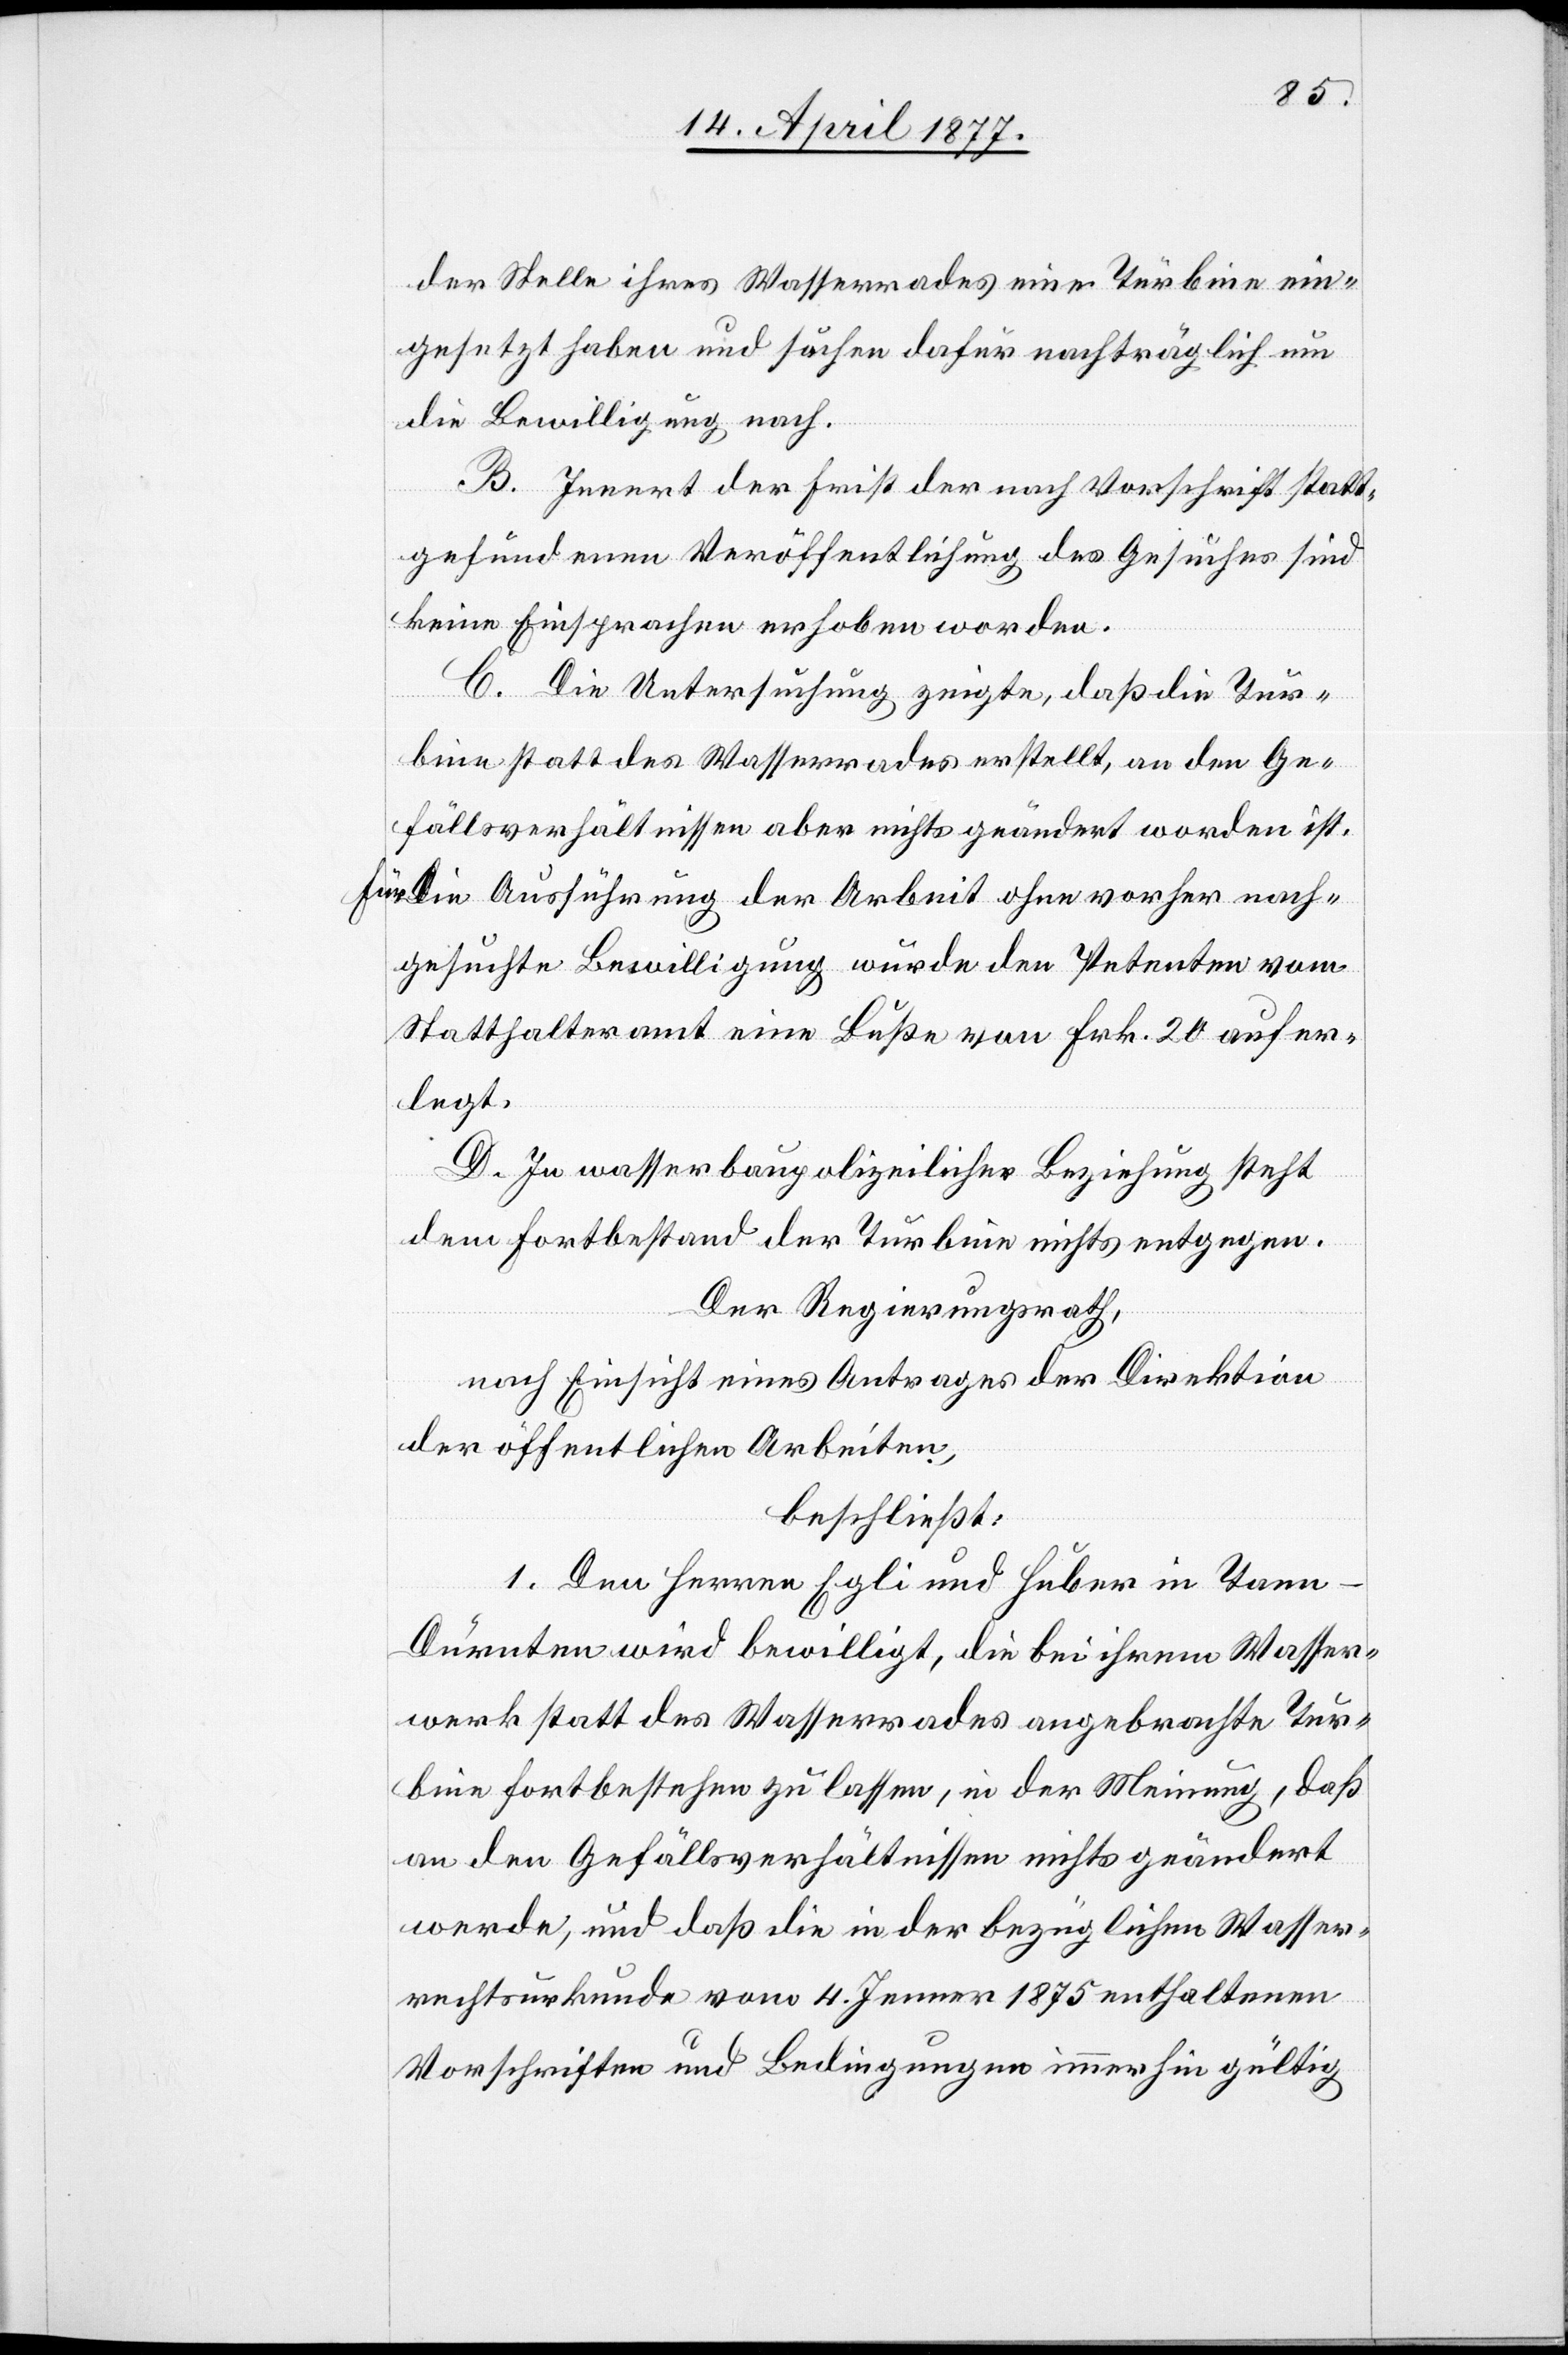
der Stelle ihres Wasserrades eine Turbine ein¬
gesetzt haben und suchen dafür nachträglich um
die Bewilligung nach.
B. Innert der Frist der nach Vorschrift statt¬
gefundenen Veröffentlichung des Gesuches sind
keine Einsprachen erhoben worden.
C. Die Untersuchung zeigte, daß die Tur¬
bine statt des Wasserrades erstellt, an den Ge¬
fällsverhältnissen aber nichts geändert worden ist.
Für die Ausführung der Arbeit ohne vorher nach¬
gesuchte Bewilligung wurde den Petenten vom
Statthalteramt eine Buße von Frk. 20 aufer¬
legt.
D. In wasserbaupolizeilicher Beziehung steht
dem Fortbestand der Turbine nichts entgegen.
Der Regierungsrath,
nach Einsicht eines Antrages der Direktion
der öffentlichen Arbeiten,
beschließt:
1. Den Herren Egli und Huber in Tann
Dürnten wird bewilligt, die bei ihrem Wasser¬
werk statt des Wasserrades angebrachte Tur¬
bine fortbestehen zu lassen, in der Meinung, daß
an den Gefällsverhältnissen nichts geändert
werde, und daß die in der bezüglichen Wasser¬
rechtsurkunde vom 4. Jenner 1875 enthaltenen
Vorschriften und Bedingungen immerhin gültig